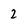
Character: 2